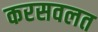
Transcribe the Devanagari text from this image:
करसवलत